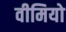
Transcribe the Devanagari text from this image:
वीमियो